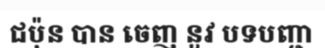
ជប៉ុន បាន ចេញ នួវ បទបញ្ជា